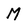
Character: M